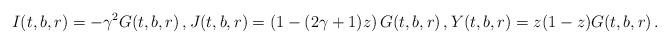
LaTeX: \begin{align*} I(t,b,r)= -\gamma ^2 G(t,b,r)\,,J(t,b,r)=\left( 1-(2 \gamma +1)z \right)G(t,b,r) \,, Y(t,b,r) = z(1-z)G(t,b,r)\,.\end{align*}